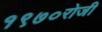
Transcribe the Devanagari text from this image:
१९७०रोजी